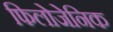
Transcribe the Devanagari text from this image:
फिलोजेनिक